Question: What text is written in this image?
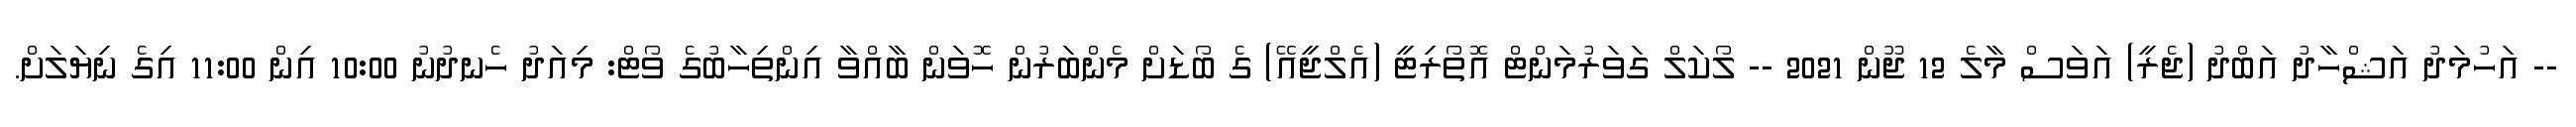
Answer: -- އަހުމަދު އަޝްހާދު އަބްދު (ޖެރީ) އަވަސް މާލެ 12 ޖޫން 2021 -- ލޯކަލް ގަވަރުމަންޓް އޮތޯރިޓީ (އެލްޖީއޭ) ގެ ބޯޑަށް މެންބަރުން ހޮވަން ބާއްވާ އިންތިހާބުގެ ވޯޓް: މިއަދު ހެނދުނު 10:00 އިން 11:00 އިގެ ނިޔަލަށް.